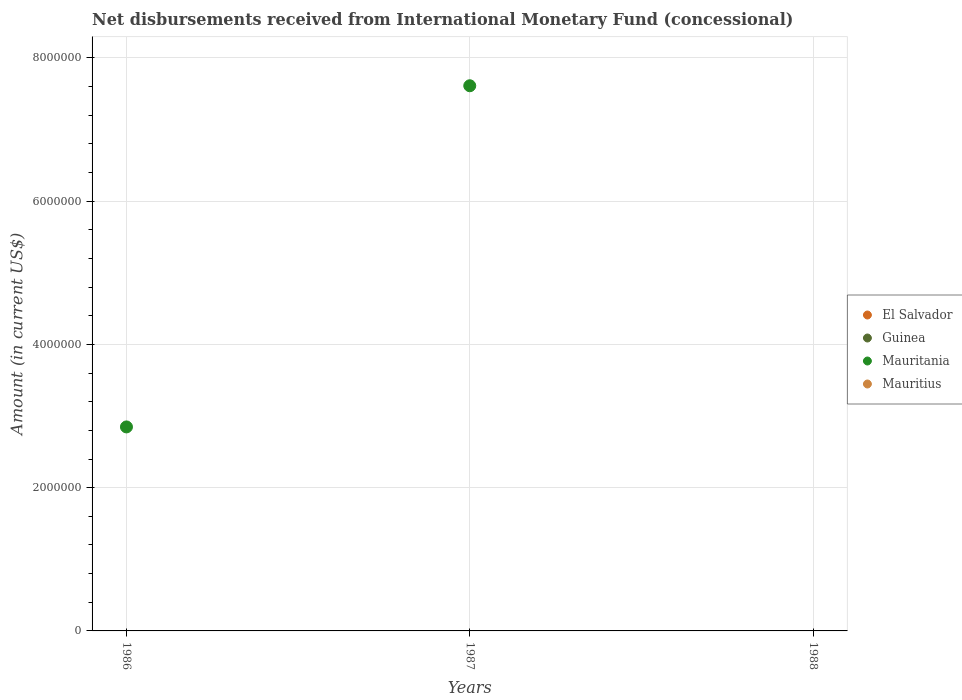
| Years | El Salvador | Guinea | Mauritania | Mauritius |
 | --- | --- | --- | --- | --- |
 | 1986 | -4.59e+06 | -5.48e+06 | 2.85e+06 | -2.14e+06 |
 | 1987 | -5.12e+06 | -6.12e+06 | 7.61e+06 | -2.39e+06 |
 | 1988 | -5.26e+06 | -5.38e+06 | -4.85e+06 | -1.94e+06 |